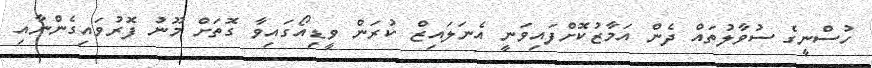
ހުސްނީގެ ސުވާލުތައް ދެން އަމާޒުކޮށްފައިވަނީ އެނަލައިޒް ކުރަން ވީޑިއޯގައިވާ ގޮތަށް މޫނު ފޮރުވައިގެންނާއި